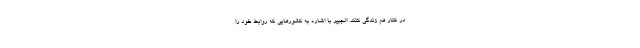
در کنار هم زندگی کنند. الجبیر با اشاره به کشورهایی که روابط خود را